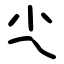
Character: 尐